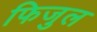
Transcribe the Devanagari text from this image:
फिजुल